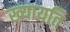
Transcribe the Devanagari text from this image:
ख्यायति